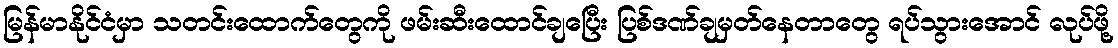
မြန်မာနိုင်ငံမှာ သတင်းထောက်တွေကို ဖမ်းဆီးထောင်ချပြေီး ပြစ်ဒဏ်ချမှတ်နေတာတွေ ရပ်သွားအောင် လုပ်ဖို့